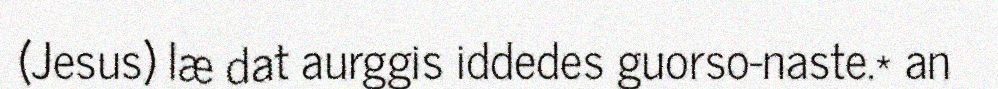
(Jesus) læ dat aurggis iddedes guorso-naste.* an